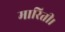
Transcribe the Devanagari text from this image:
मारिती।